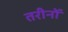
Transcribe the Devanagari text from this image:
तरीनों